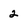
Character: 2